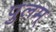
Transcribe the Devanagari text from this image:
पुलम्